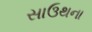
સાઉથના